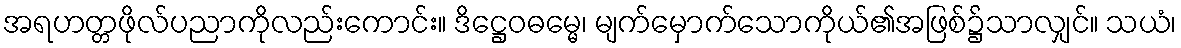
အရဟတ္တဖိုလ်ပညာကိုလည်းကောင်း။ ဒိဋ္ဌေဝဓမ္မေ၊ မျက်မှောက်သောကိုယ်၏အဖြစ်၌သာလျှင်။ သယံ၊